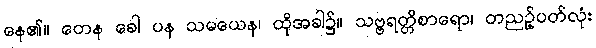
နေ၏။ တေန ခေါ ပန သမယေန၊ ထိုအခါ၌။ သဗ္ဗရတ္တိစာရော၊ တညဉ့်ပတ်လုံး